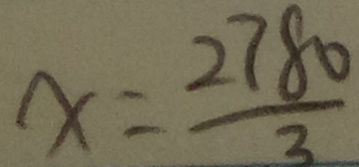
x = \frac { 2 7 8 0 } { 3 }